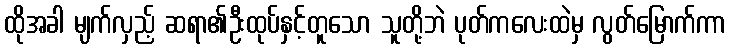
ထိုအခါ မျက်လှည့် ဆရာ၏ဦးထုပ်နှင့်တူသော သူတို့ဘဲ ပုတ်ကလေးထဲမှ လွတ်မြောက်ကာ